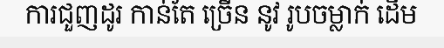
ការជួញដូរ កាន់តែ ច្រើន នូវ រូបចម្លាក់ ដើម